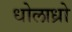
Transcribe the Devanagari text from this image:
धोलाध्रो